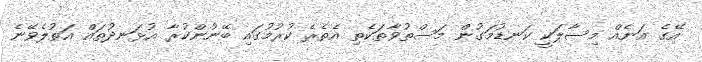
އޭގެ އަނެއް މިސާލަކީ ކަނޑުމަގުން މަސްތުވާތަކެތި އެތެރެ ކުރުމުގައި ބޭނުންކުރާ އުޅަނދުތައް އަތުލެވޭނެ